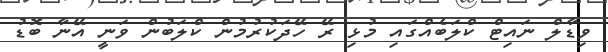
ވިޑާލް ނައިޓް ކްލަބެއްގައި މުޅި ރޭ ހޭދަކުރުމުން ކްލަބުން ވަނީ އޭނާ ބޮޑު